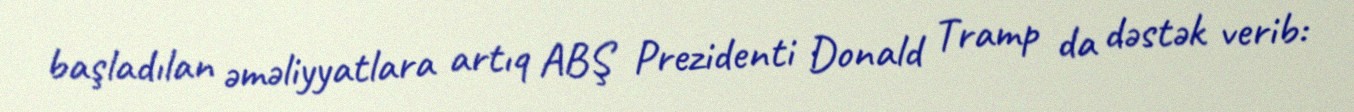
başladılan əməliyyatlara artıq ABŞ Prezidenti Donald Tramp da dəstək verib: